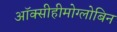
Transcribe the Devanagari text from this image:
ऑक्सीहीमोग्लोबिन